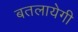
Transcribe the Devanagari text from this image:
बतलायेगी